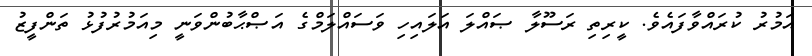
އަމުރު ކުރައްވާފައެވެ. ކީރިތި ރަސޫލާ ޞައްލަ އަލައިހި ވަސައްލަމްގެ އަޞްޙާބުންވަނީ މިއަމުރުފުޅު ތަންފީޒު